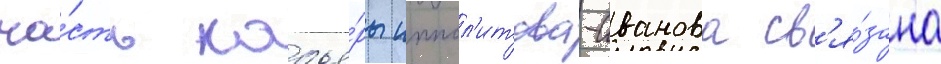
ча́сть карье́ры иппол'итова-иванова св'я́зана